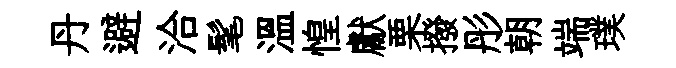
丹避洽髦溫惶獻栗撥彤朝端璞